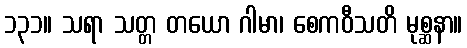
၁၃၁။ သရာ သတ္တ တယော ဂါမာ၊ စေကဝီသတိ မုစ္ဆနာ။